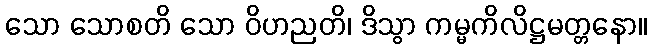
သော သောစတိ သော ဝိဟညတိ၊ ဒိသွာ ကမ္မကိလိဋ္ဌမတ္တနော။